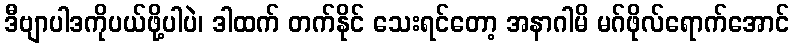
ဒီဗျာပါဒကိုပယ်ဖို့ပါပဲ၊ ဒါထက် တက်နိုင် သေးရင်တော့ အနာဂါမိ မဂ်ဖိုလ်ရောက်အောင်